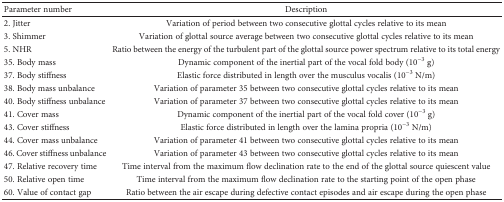
<table><thead><tr><td><b>Parameter number</b></td><td><b>Description</b></td></tr></thead><tbody><tr><td>2. Jitter</td><td>Variation of period between two consecutive glottal cycles relative to its mean</td></tr><tr><td>3. Shimmer</td><td>Variation of glottal source average between two consecutive glottal cycles relative to its mean</td></tr><tr><td>5. NHR</td><td>Ratio between the energy of the turbulent part of the glottal source power spectrum relative to its total energy</td></tr><tr><td>35. Body mass</td><td>Dynamic component of the inertial part of the vocal fold body (10<sup>−3</sup> g)</td></tr><tr><td>37. Body stiffness</td><td>Elastic force distributed in length over the musculus vocalis (10<sup>−3</sup> N/m)</td></tr><tr><td>38. Body mass unbalance</td><td>Variation of parameter 35 between two consecutive glottal cycles relative to its mean</td></tr><tr><td>40. Body stiffness unbalance</td><td>Variation of parameter 37 between two consecutive glottal cycles relative to its mean</td></tr><tr><td>41. Cover mass</td><td>Dynamic component of the inertial part of the vocal fold cover (10<sup>−3</sup> g)</td></tr><tr><td>43. Cover stiffness</td><td>Elastic force distributed in length over the lamina propria (10<sup>−3</sup> N/m)</td></tr><tr><td>44. Cover mass unbalance</td><td>Variation of parameter 41 between two consecutive glottal cycles relative to its mean</td></tr><tr><td>46. Cover stiffness unbalance</td><td>Variation of parameter 43 between two consecutive glottal cycles relative to its mean</td></tr><tr><td>47. Relative recovery time</td><td>Time interval from the maximum flow declination rate to the end of the glottal source quiescent value</td></tr><tr><td>50. Relative open time</td><td>Time interval from the maximum flow declination rate to the starting point of the open phase</td></tr><tr><td>60. Value of contact gap</td><td>Ratio between the air escape during defective contact episodes and air escape during the open phase</td></tr></tbody></table>